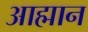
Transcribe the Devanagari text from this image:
आह्मान